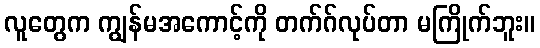
လူတွေက ကျွန်မအကောင့်ကို တက်ဂ်လုပ်တာ မကြိုက်ဘူး။